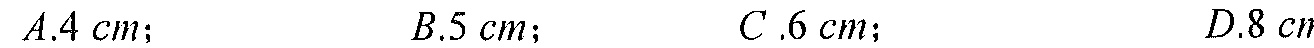
\(A.4\ cm；\quad B.5\ cm；\quad C.6\ cm；\quad D.8\ cm\)